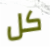
كل